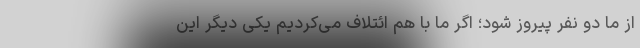
از ما دو نفر پیروز شود؛ اگر ما با هم ائتلاف می‌کردیم یکی دیگر این